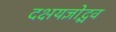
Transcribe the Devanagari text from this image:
दक्षयज्ञोद्भव